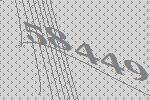
58449